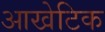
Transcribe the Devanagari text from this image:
आखेटिक